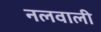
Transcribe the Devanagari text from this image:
नलवाली